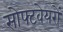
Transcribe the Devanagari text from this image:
सोफ्टवेयरों